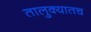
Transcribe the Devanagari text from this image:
तालुक्यातच